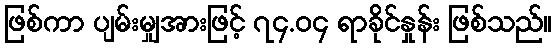
ဖြစ်ကာ ပျမ်းမျှအားဖြင့် ၇၄.၀၄ ရာခိုင်နှုန်း ဖြစ်သည်။